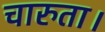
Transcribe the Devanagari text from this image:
चारुता।